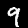
Label: 9